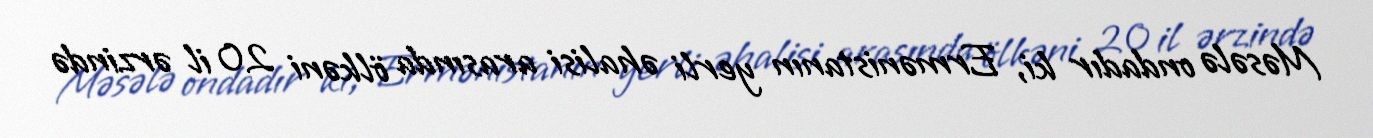
Məsələ ondadır ki, Ermənistanın yerli əhalisi arasında ölkəni 20 il ərzində